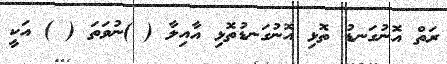
ރަތް އޮނުގަނޑު ތޮޅި އޮނުގަނޑުތޮޅި އާއިލާ ( )ނުވަތަ ( ) އަކީ